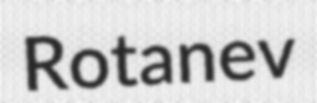
Rotanev